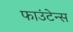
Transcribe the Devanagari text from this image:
फाउंटेन्स